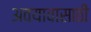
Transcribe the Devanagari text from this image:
अवयावासाठी